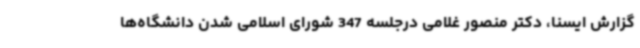
گزارش ایسنا، دکتر منصور غلامی درجلسه 347 شورای اسلامی شدن دانشگاه‌ها